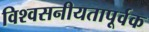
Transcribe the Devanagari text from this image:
विश्वसनीयतापूर्वक